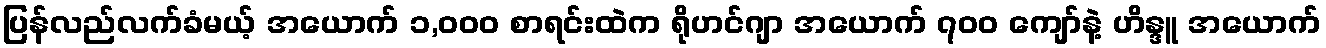
ပြန်လည်လက်ခံမယ့် အယောက် ၁,၀၀၀ စာရင်းထဲက ရိုဟင်ဂျာ အယောက် ၇၀၀ ကျော်နဲ့ ဟိန္ဒူ အယောက်